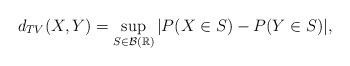
LaTeX: \begin{align*}d_{TV}(X,Y)=\sup_{S \in \mathcal{B}(\mathbb{R})}|P(X\in S)-P(Y\in S)|,\end{align*}